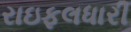
રાઇફલધારી